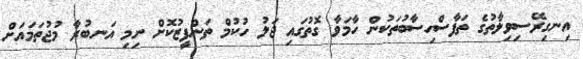
އިނގިރޭސިވިލާތުގެ ތަފާސްހިސާބުތަކުން ހާމަވާ ގޮތުގައި ޖަލު ހުކުމް ތަންފީޒުކޮށް ނިމި އަނބުރާ މުޖުތަމައަށް